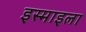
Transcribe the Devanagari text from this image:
इस्माइला